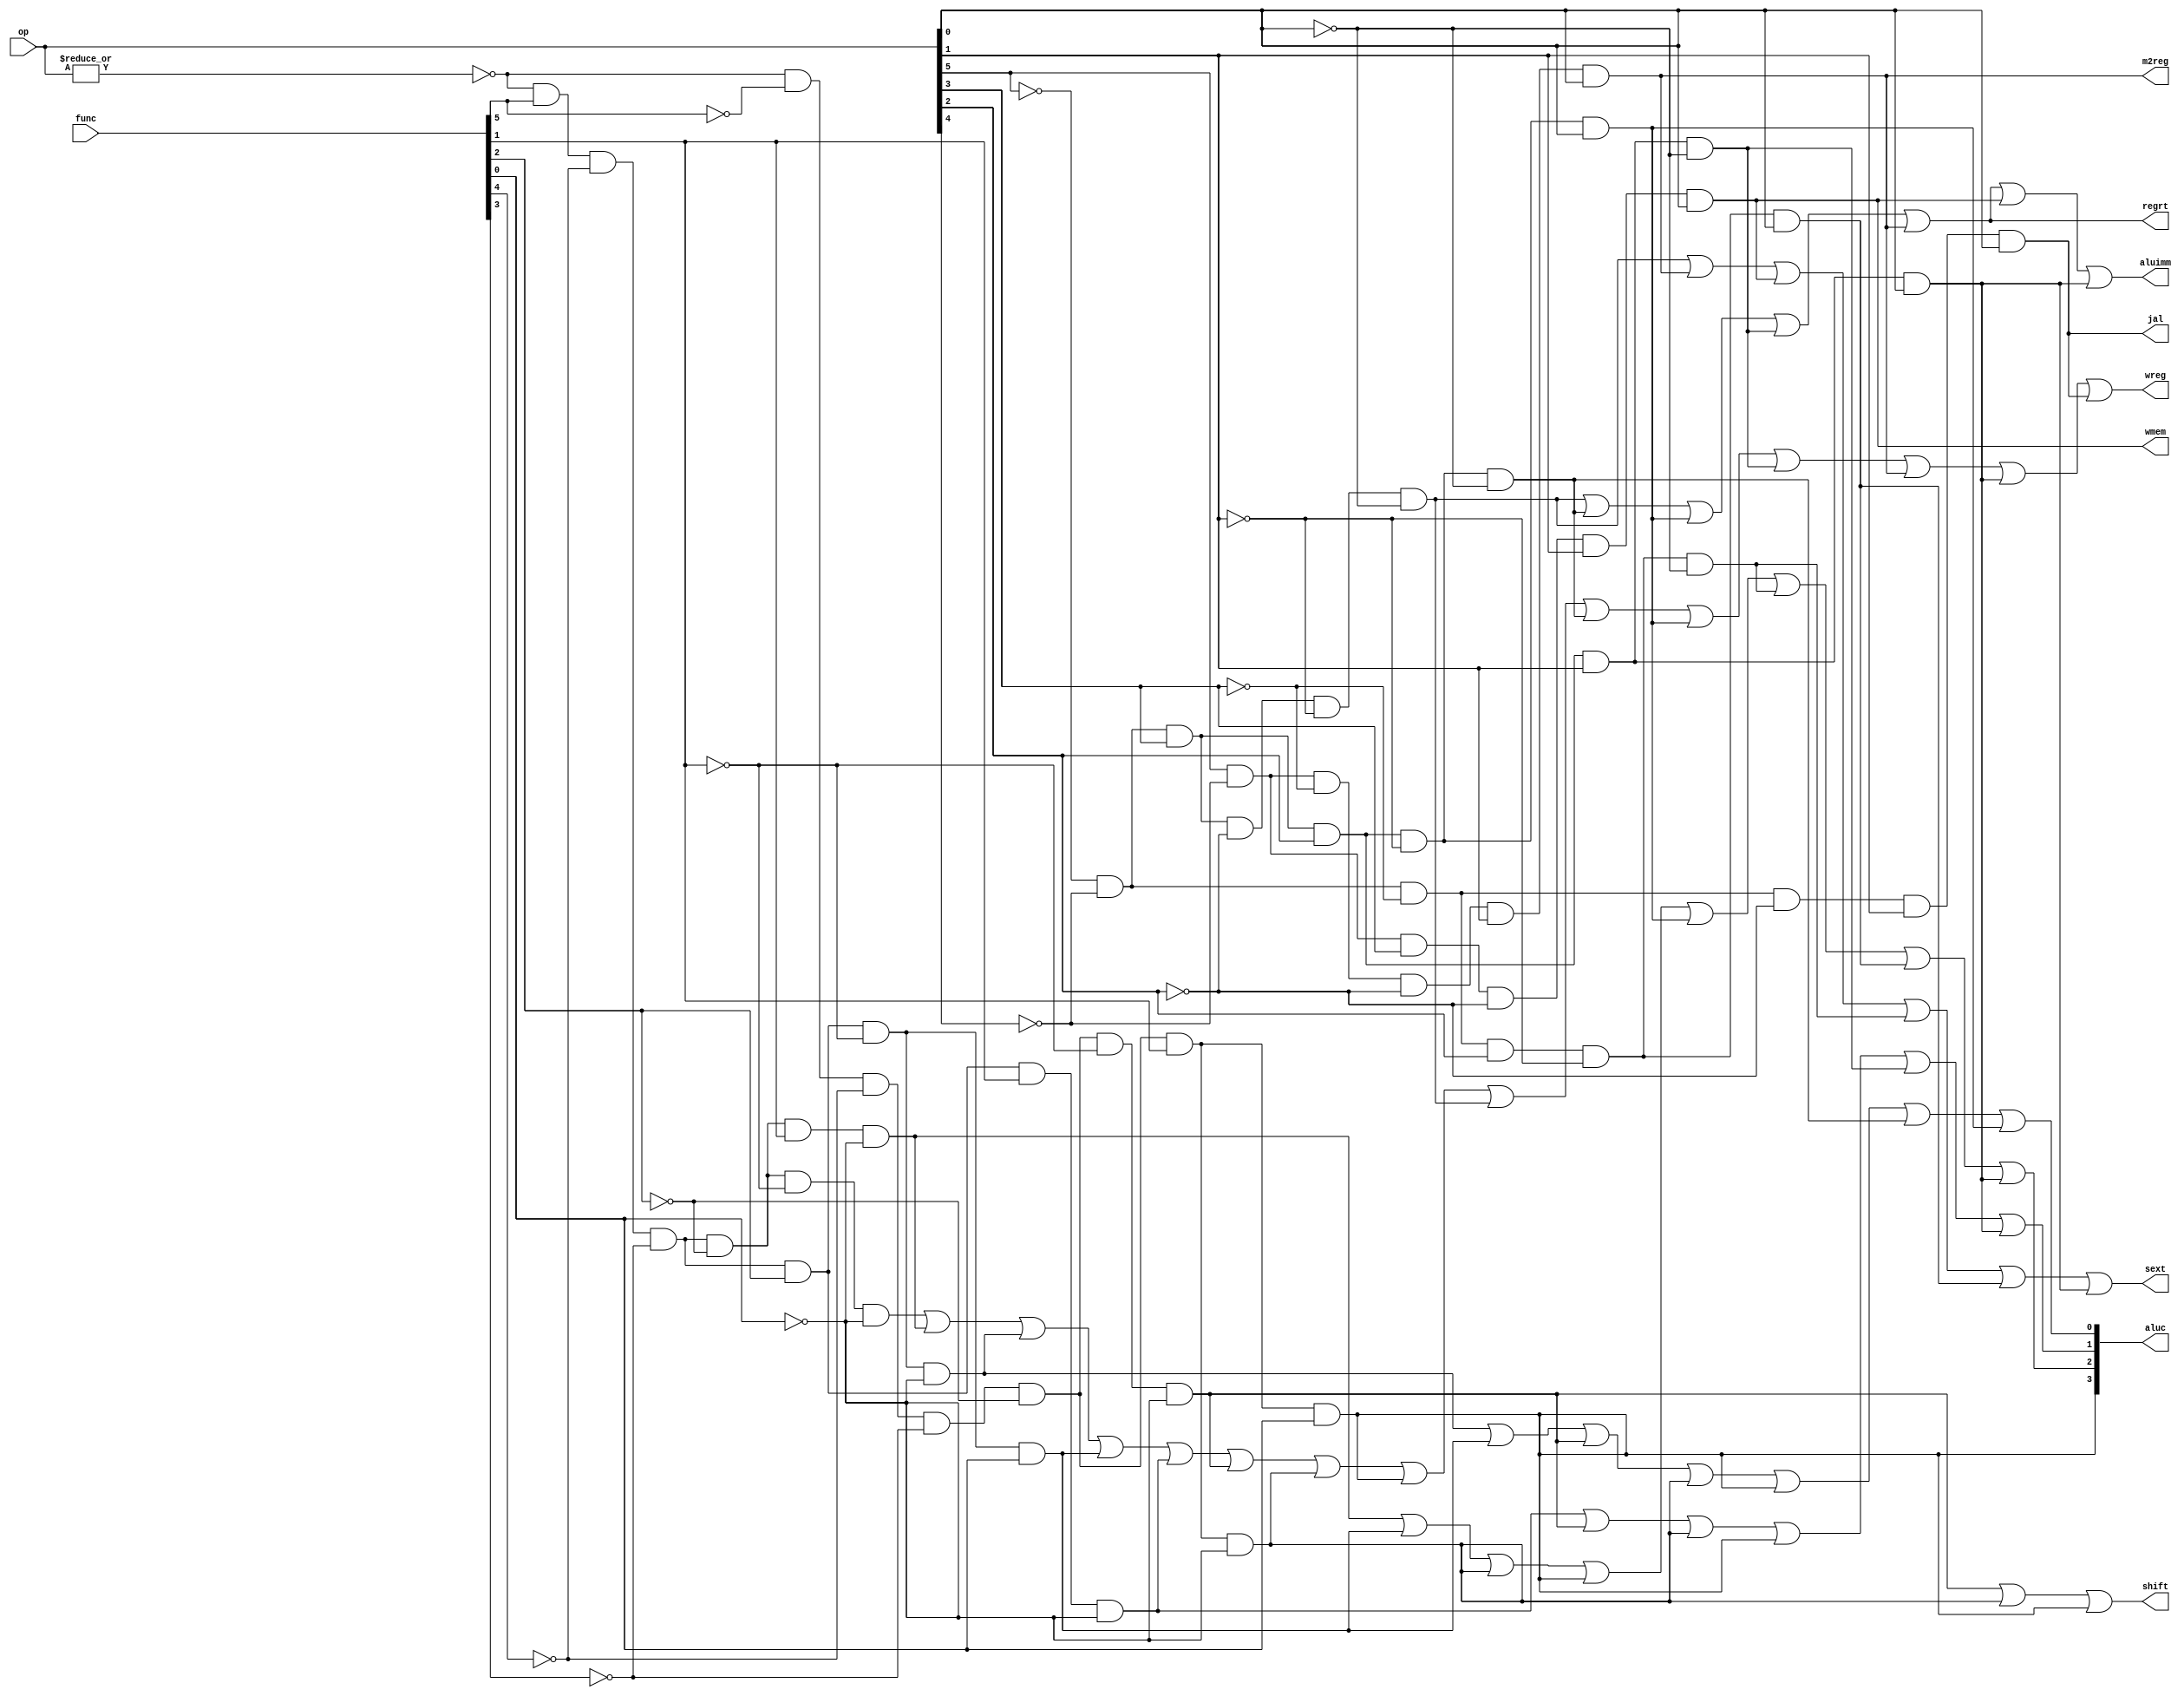
module pl_cu (op, func, wmem, wreg, regrt, m2reg, 
              aluc, shift, aluimm, jal, sext);
    input  [5:0] op,func;
    output       wreg,regrt,jal,m2reg,shift,aluimm,sext,wmem;
    output [3:0] aluc;
    
    wire r_type = ~|op;
    wire i_add = r_type & func[5] & ~func[4] & ~func[3] &
              ~func[2] & ~func[1] & ~func[0];          
    wire i_sub = r_type & func[5] & ~func[4] & ~func[3] &
              ~func[2] &  func[1] & ~func[0];          

    wire i_and = r_type & func[5] & ~func[4] & ~func[3] & func[2] & ~func[1] & ~func[0];
    wire i_or  = r_type & func[5] & ~func[4] & ~func[3] & func[2] & ~func[1] & func[0];

    wire i_xor = r_type & func[5] & ~func[4] & ~func[3] & func[2] & func[1] & ~func[0];
    wire i_sll = r_type & ~func[5] & ~func[4] & ~func[3] & ~func[2] & ~func[1] & ~func[0];
    wire i_srl = r_type & ~func[5] & ~func[4] & ~func[3] & ~func[2] & func[1] & ~func[0];
    wire i_sra = r_type & ~func[5] & ~func[4] & ~func[3] & ~func[2] & func[1] & func[0];
    //wire i_jr  = r_type & ~func[5] & ~func[4] & func[3] & ~func[2] & ~func[1] & ~func[0];
              
    wire i_addi = ~op[5] & ~op[4] &  op[3] & ~op[2] & ~op[1] & ~op[0]; 
    wire i_andi = ~op[5] & ~op[4] &  op[3] &  op[2] & ~op[1] & ~op[0]; 

    wire i_ori  = ~op[5] & ~op[4] & op[3] & op[2] & ~op[1] & op[0];
    wire i_xori = ~op[5] & ~op[4] & op[3] & op[2] & op[1] & ~op[0];
    wire i_lw   = op[5] & ~op[4] & ~op[3] & ~op[2] & op[1] & op[0];  
    wire i_sw   = op[5] & ~op[4] & op[3] & ~op[2] & op[1] & op[0];
    wire i_beq  = ~op[5] & ~op[4] & ~op[3] & op[2] & ~op[1] & ~op[0];
    wire i_bne  = ~op[5] & ~op[4] & ~op[3] & op[2] & ~op[1] & op[0];
    wire i_lui  = ~op[5] & ~op[4] & op[3] & op[2] & op[1] & op[0];
    //wire i_j    = ~op[5] & ~op[4] & ~op[3] & ~op[2] & op[1] & ~op[0];
    wire i_jal  = ~op[5] & ~op[4] & ~op[3] & ~op[2] & op[1] & op[0];


    assign wreg = i_add | i_sub | i_and | i_or   | i_xor  |
               i_sll | i_srl | i_sra | i_addi | i_andi |
               i_ori | i_xori | i_lw | i_lui  | i_jal;

    assign aluc[3] = i_sra;
    assign aluc[2] = i_sub | i_or | i_srl | i_sra | i_ori | i_beq | i_bne | i_lui;
    assign aluc[1] = i_xor | i_sll | i_srl | i_sra | i_xori | i_lui;
    assign aluc[0] = i_and | i_or | i_sll | i_srl | i_sra | i_andi | i_ori;
    assign shift   = i_sll | i_srl | i_sra ;

    assign aluimm  = i_addi | i_andi | i_ori | i_xori | i_lw | i_sw | i_lui;
    assign sext    = i_addi | i_lw | i_sw | i_beq | i_bne | i_lui;
    assign wmem    = i_sw;
    assign m2reg   = i_lw;
    assign regrt   = i_addi | i_andi | i_ori | i_xori | i_lw;
    assign jal     = i_jal;

endmodule